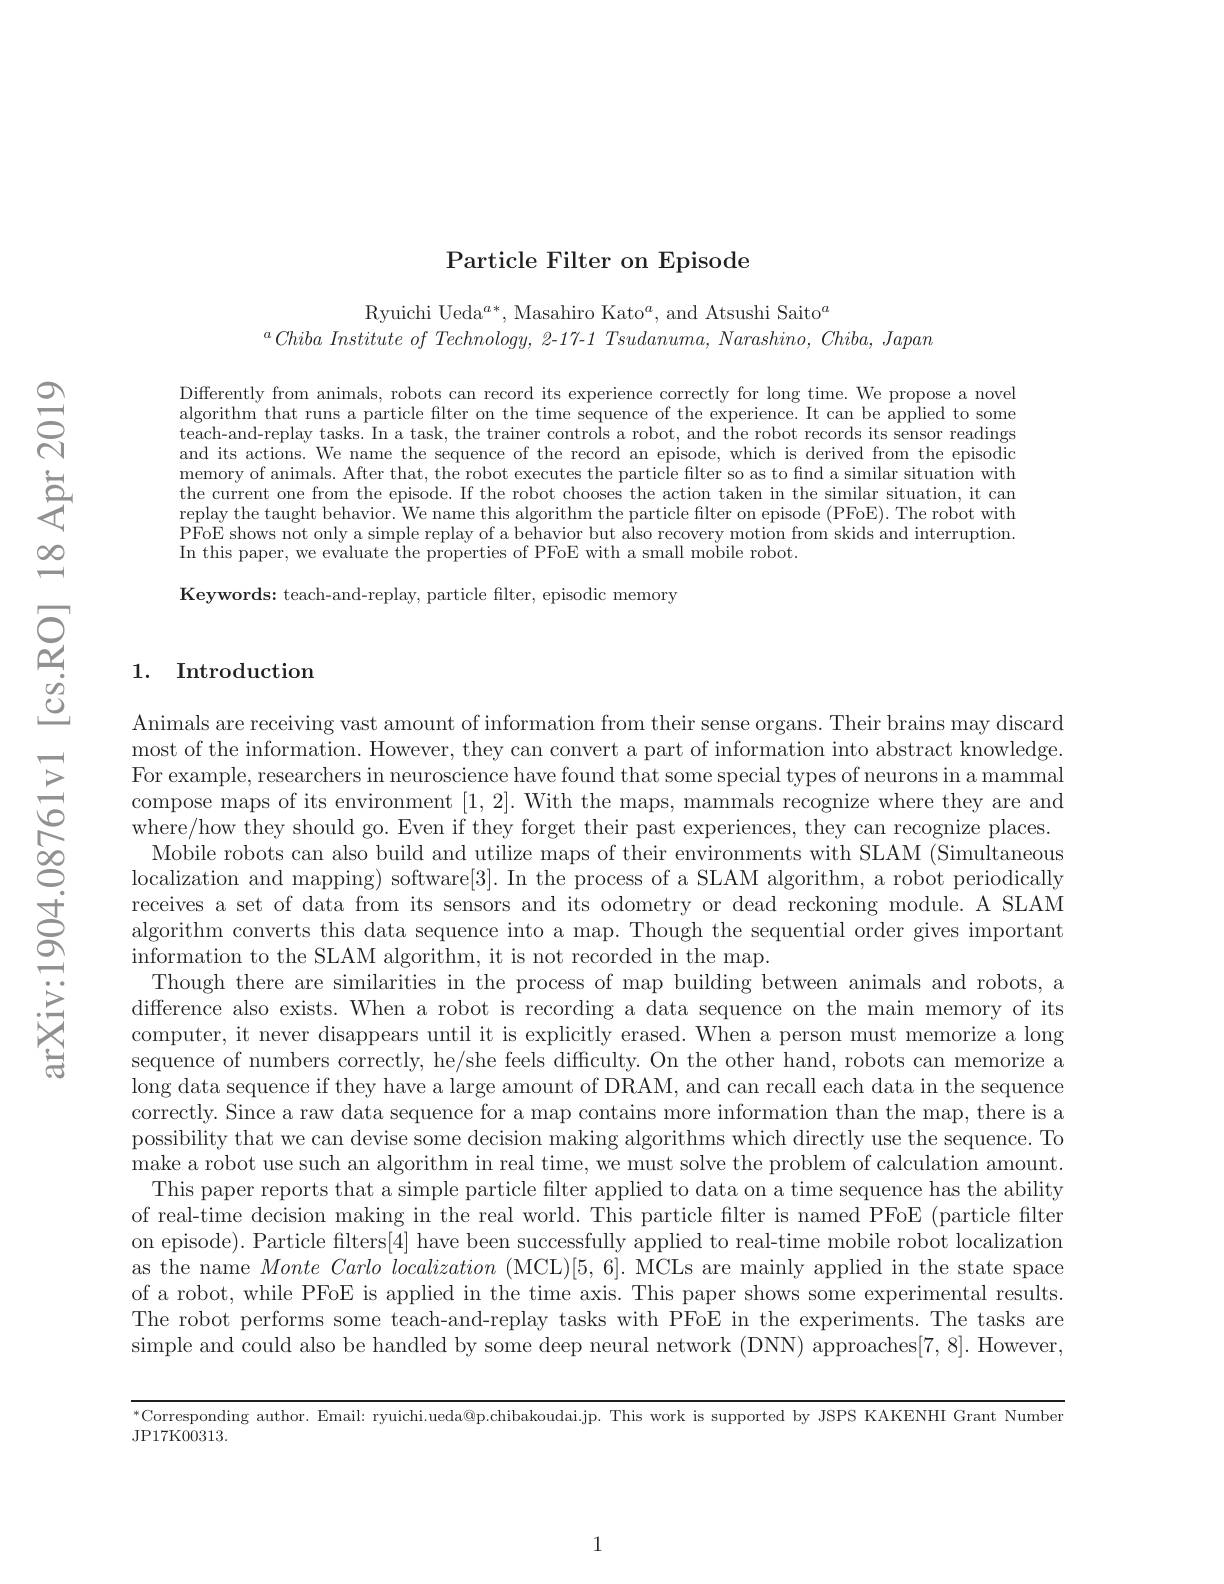
Particle Filter on Episode

Ryuichi Ueda$^a*$, Masahiro Kato$^a$, and Atsushi Saito$^a$
$^aChiba\textit{ Institute of Technology, 2- 17- 1 Tsudanuma, Narashino, Chiba, Japan}$

Differently from animals, robots can record its experience correctly for long time. We propose a novel algorithm that runs a particle filter on the time sequence of the experience. It can be applied to some teach-and-replay tasks. In a task, the trainer controls a robot, and the robot records its sensor readings and its actions. We name the sequence of the record an episode, which is derived from the episodic memory of animals. After that, the robot executes the particle filter so as to find a similar situation with the current one from the episode. If the robot chooses the action taken in the similar situation, it can replay the taught behavior. We name this algorithm the particle filter on episode (PFoE). The robot with $\bar{\text{PFoE shows not only a simple replay of a behavior but also recovery motion from skids and interruption.}}$ In this paper, we evaluate the properties of PFoE with a small mobile robot.
Keywords: teach-and-replay, particle filter, episodic memory

## 1. Introduction

Animals are receiving vast amount of information from their sense organs. Their brains may discard most of the information. However, they can convert a part of information into abstract knowledge. For example, researchers in neuroscience have found that some special types of neurons in a mammal compose maps of its environment [1,2]. With the maps, mammals recognize where they are and where/how they should go. Even if they forget their past experiences, they can recognize places. Mobile robots can also build and utilize maps of their environments with SLAM (Simultaneous localization and mapping) software[3]. In the process of a SLAM algorithm, a robot periodically receives a set of data from its sensors and its odometry or dead reckoning module. A SLAM algorithm converts this data sequence into a map. Though the sequential order gives important information to the SLAM algorithm, it is not recorded in the map.
Though there are similarities in the process of map building between animals and robots, a difference also exists. When a robot is recording a data sequence on the main memory of its computer, it never disappears until it is explicitly erased. When a person must memorize a long sequence of numbers correctly, he/she feels difficulty. On the other hand, robots can memorize a long data sequence if they have a large amount of DRAM, and can recall each data in the sequence correctly. Since a raw data sequence for a map contains more information than the map, there is a possibility that we can devise some decision making algorithms which directly use the sequence. To make a robot use such an algorithm in real time, we must solve the problem of calculation amount. This paper reports that a simple particle filter applied to data on a time sequence has the ability of real-time decision making in the real world. This particle filter is named PFoE (particle filter on episode). Particle filters[4] have been successfully applied to real-time mobile robot localization as the name $Monte\textit{ Carlo localization ( MCL) [ 5, 6] . MCLs are mainly applied in the state space}$ of a robot, while PFoE is applied in the time axis. This paper shows some experimental results. The robot performs some teach-and-replay tasks with PFoE in the experiments. The tasks are simple and could also be handled by some deep neural network (DNN) approaches[7,8]. However,

$^{*}$Corresponding author. Email: ryuichi.ueda@p.chibakoudai.jp. This work is supported by JSPS KAKENHI Grant Number

JP17K00313.